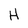
Character: H